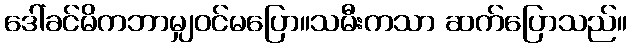
ဒေါ်ခင်မိကဘာမျှဝင်မပြော။သမီးကသာ ဆက်ပြောသည်။